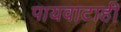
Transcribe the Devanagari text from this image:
पायवाटाही